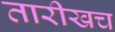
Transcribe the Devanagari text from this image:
तारीखच